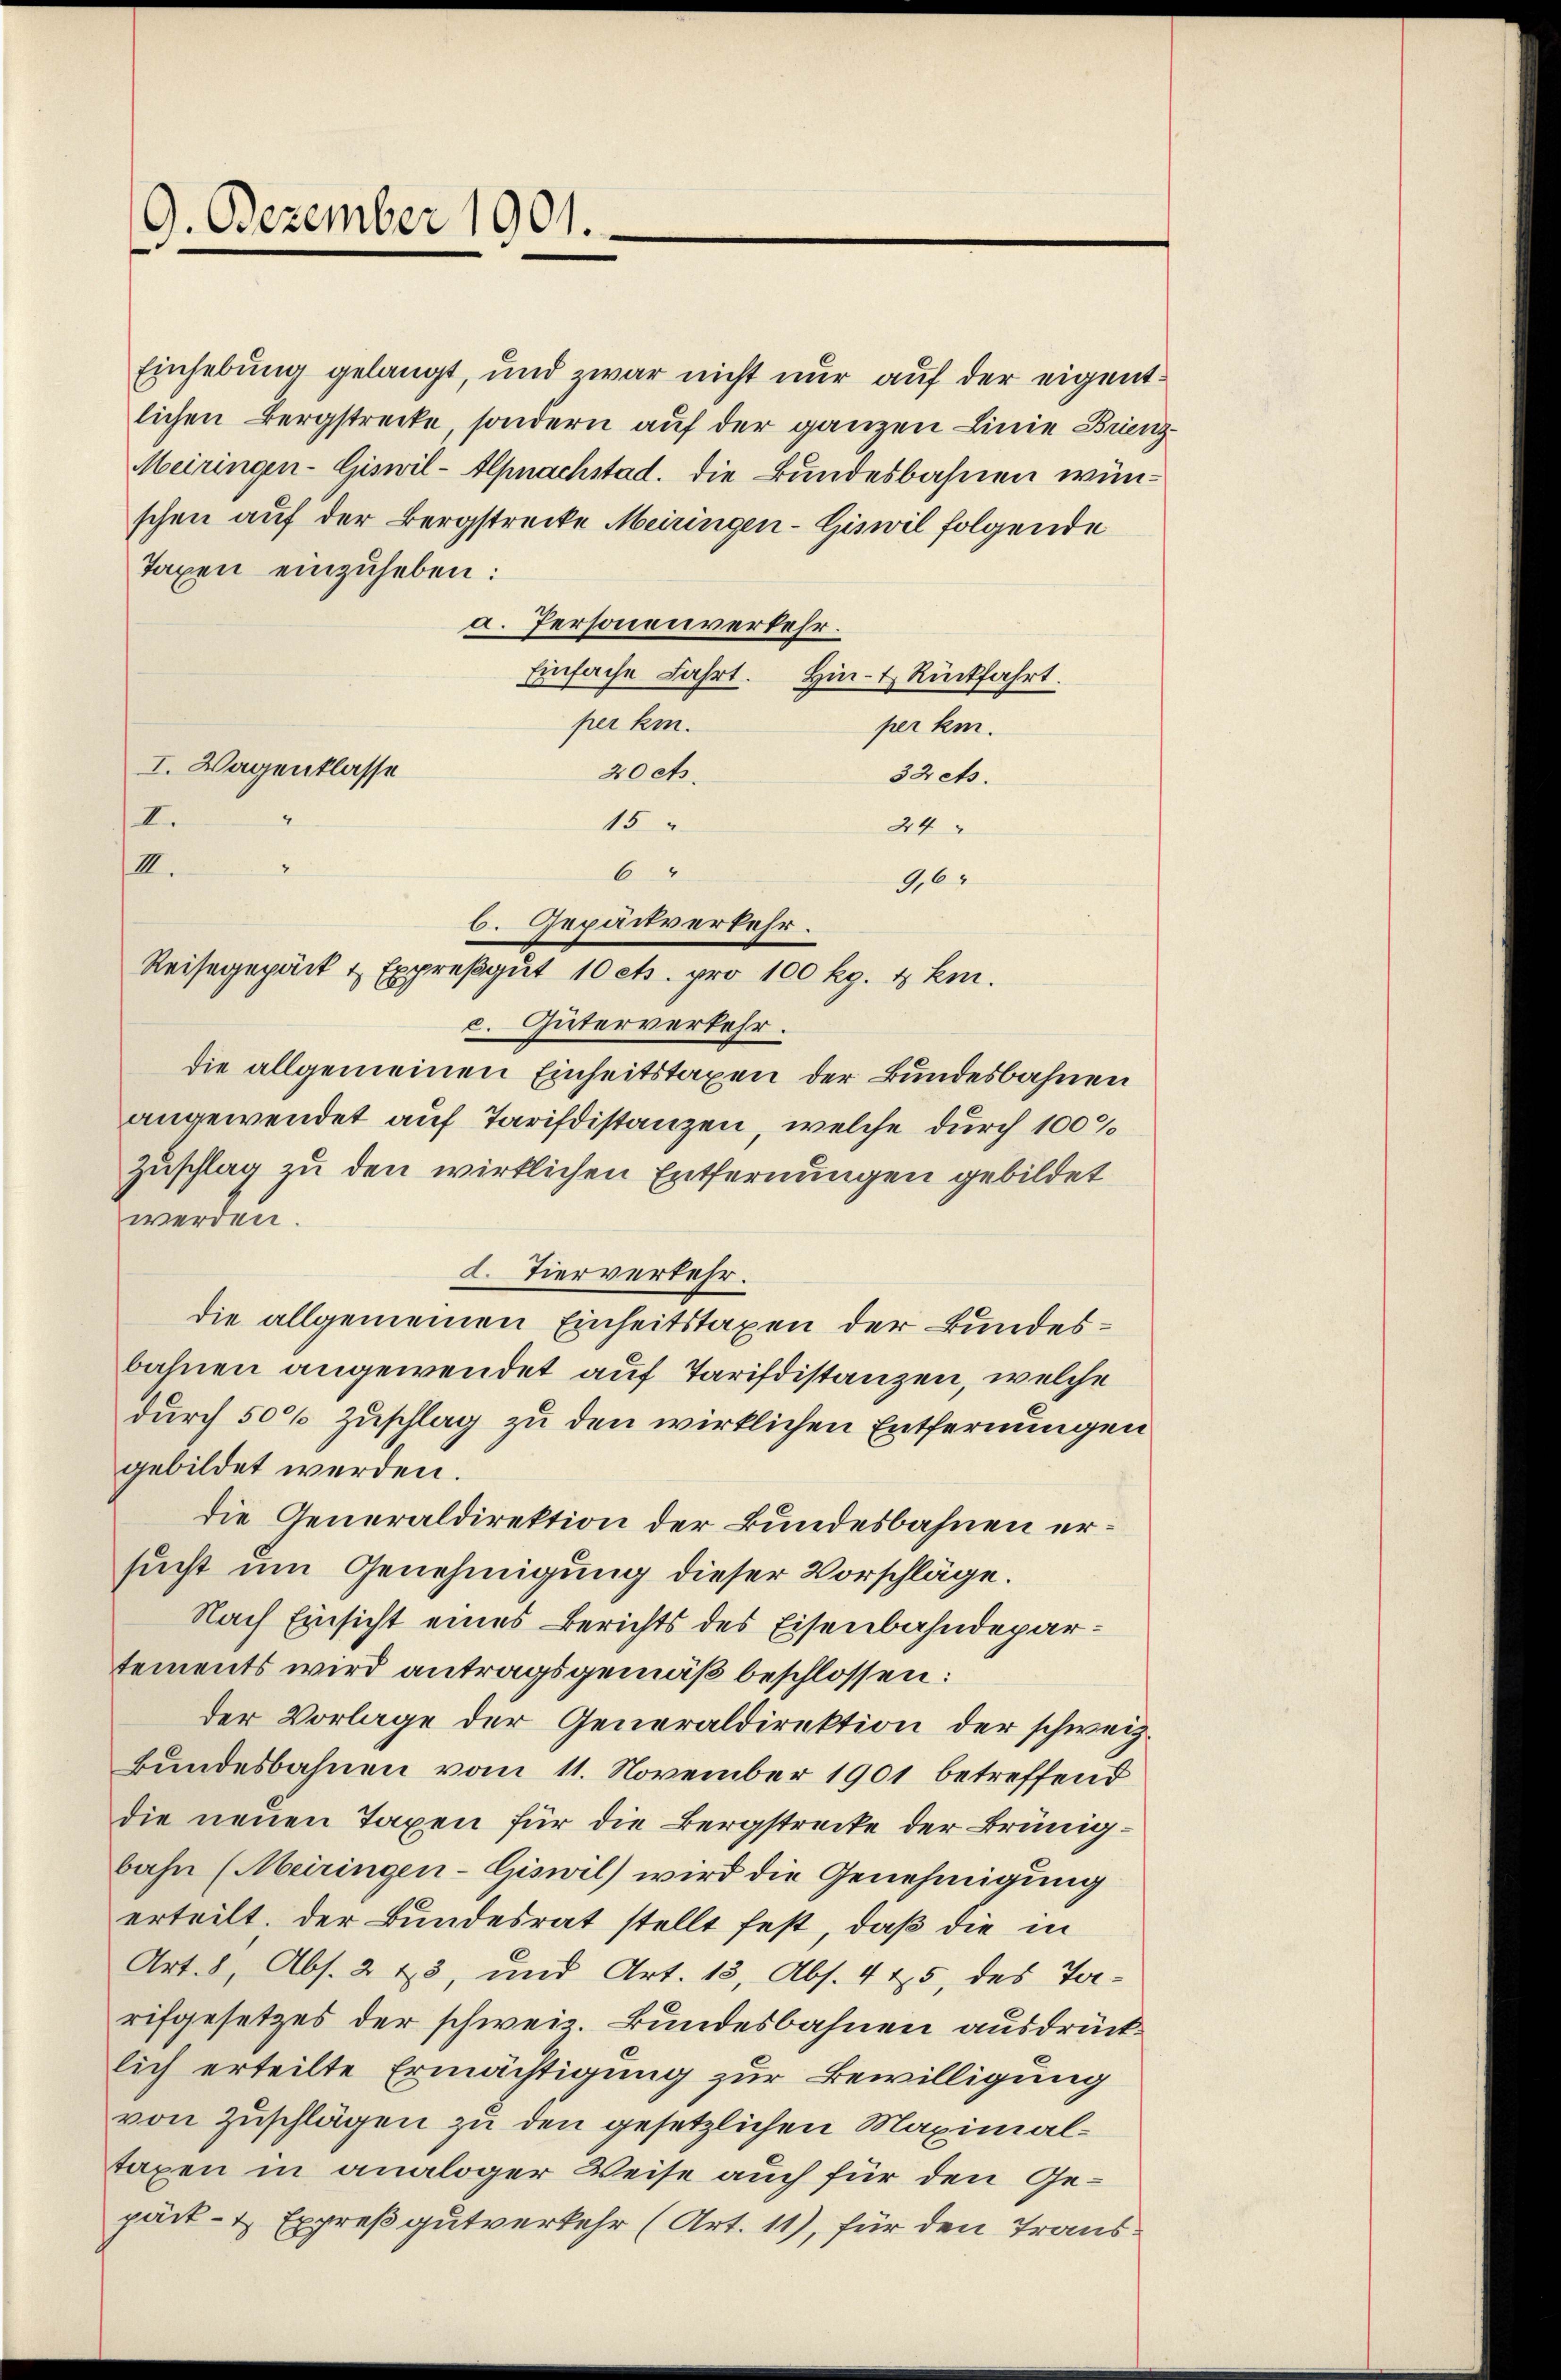
9. Dezember 1901.

Einhebung gelangt, und zwar nicht nur auf der eigentlichen Bergstrecke, sondern auf der ganzen Linie Brienz¬
Meiringen-Giswil-Alpnachstad, die Bundesbahnen wünschen auf der Bergstrecke Meiringen-Giswil folgende
Taxen einzuheben:
a. Personenverkehr.
Einfache Fahrt. Hin- & Rückfahrt.
per kin.
per ki.
20 cts.
32 ets.
15
24
III.
6
9,6
c. Güterverkehr.
die allgemeinen Einheitstaxen der Bundesbahnen
angewendet auf Tarifdistanzen, welche durch 1000
Zuschlag zu den wirklichen Entfernungen gebildet
werden.
2. Tierverkehr.
die allgemeinen Einheitstaxen der Bundesbahnen angewendet auf Tarifdistanzen, welche
durch 50 Zuschlag zu den wirklichen Entfernungen
gebildet werden.
die Generaldirektion der Bundesbahnen ersucht um Genehmigung dieser Vorschläge.
Nach Einsicht eines Berichts des Eisenbahndepartements wird antragsgemäß beschlossen:
der Vorlage der Generaldirektion der schweiz.
bundesbahnen vom 11. November 1901 betreffend
die neuen Taxen für die Bergstrecke der Brünigbahn (Meiringen-Giswil) wird die Genehmigung
erteilt. Der Bundesrat stellt fest, daß die in
Art. 8, Abs. 213, und Art. 13, Abs. 415, des Tarifgesetzes der schweiz. Bundesbahnen ausdrücklich erteilte Ermächtigung zur Bewilligung
von Zuschlägen zu den gesetzlichen Maximaltaxen in analoger Weise auch für den Gepäck- & Expreßgutverkehr (Art. 11), für den Trans¬

I. Wagentlasse

I.

6. Gepäitverkehr.
Reisegepäck & Expreßgŭt 10 cts. pro 100 kg. & Em.